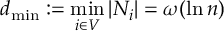
d _ { \operatorname* { m i n } } : = \operatorname* { m i n } _ { i \in V } | N _ { i } | = \omega ( \ln n )